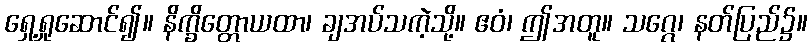
ရှေ့ရှုဆောင်၍။ နိက္ခိတ္တောယထာ၊ ချအပ်သကဲ့သို့။ ဧဝံ၊ ဤအတူ။ သဂ္ဂေ၊ နတ်ပြည်၌။